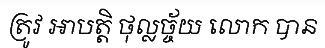
ត្រូវ អាបត្តិ ថុល្លច្ច័យ លោក បាន